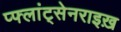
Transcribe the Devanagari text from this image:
प्फ्लांट्सेनराइख़